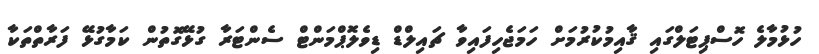
ހުޅުމާލެ ހޮސްޕިޓަލްގައި ޤާއިމުކުރުމަށް ހަމަޖެހިފައިވާ ޗައިލްޑް ޑިވެލޮޕްމަންޓް ސެންޓަރާ ގުޅޭގޮތުން ކަމާގުޅޭ ފަރާތްތަކާ